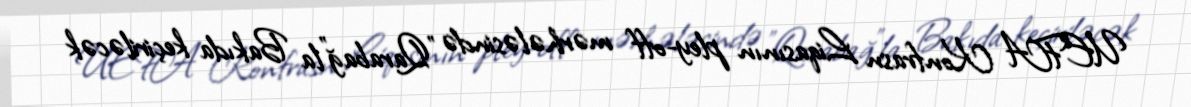
UEFA Konfrasn Liqasının pley-off mərhələsində "Qarabağ"la Bakıda keçiriləcək